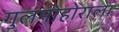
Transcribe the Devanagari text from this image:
गुलमोहोराला